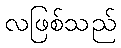
လဖြစ်သည်